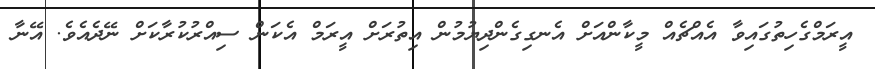
އީރަމްގެހިތުގައިވާ އެއްޗެއް މީކާންއަށް އެނގިގެންދިޔުމުން އިތުރަށް އީރަމް އެކަން ސިއްރުކުރާކަށް ނޭދެއެވެ. އޭނާ